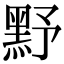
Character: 𪐧